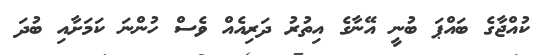
ކުއްޖާގެ ބައްޕަ ބުނީ އޭނާގެ އިތުރު ދަރިއެއް ވެސް ހުންނަ ކަމަށާއި ބުދަ